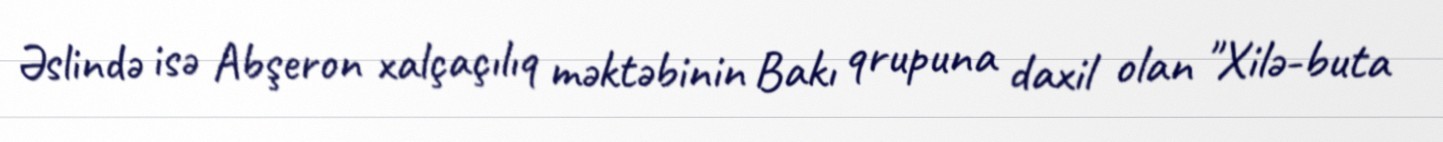
Əslində isə Abşeron xalçaçılıq məktəbinin Bakı qrupuna daxil olan "Xilə-buta